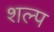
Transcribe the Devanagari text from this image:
शल्प